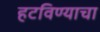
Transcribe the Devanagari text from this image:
हटविण्याचा